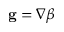
\mathbf g = \nabla \beta